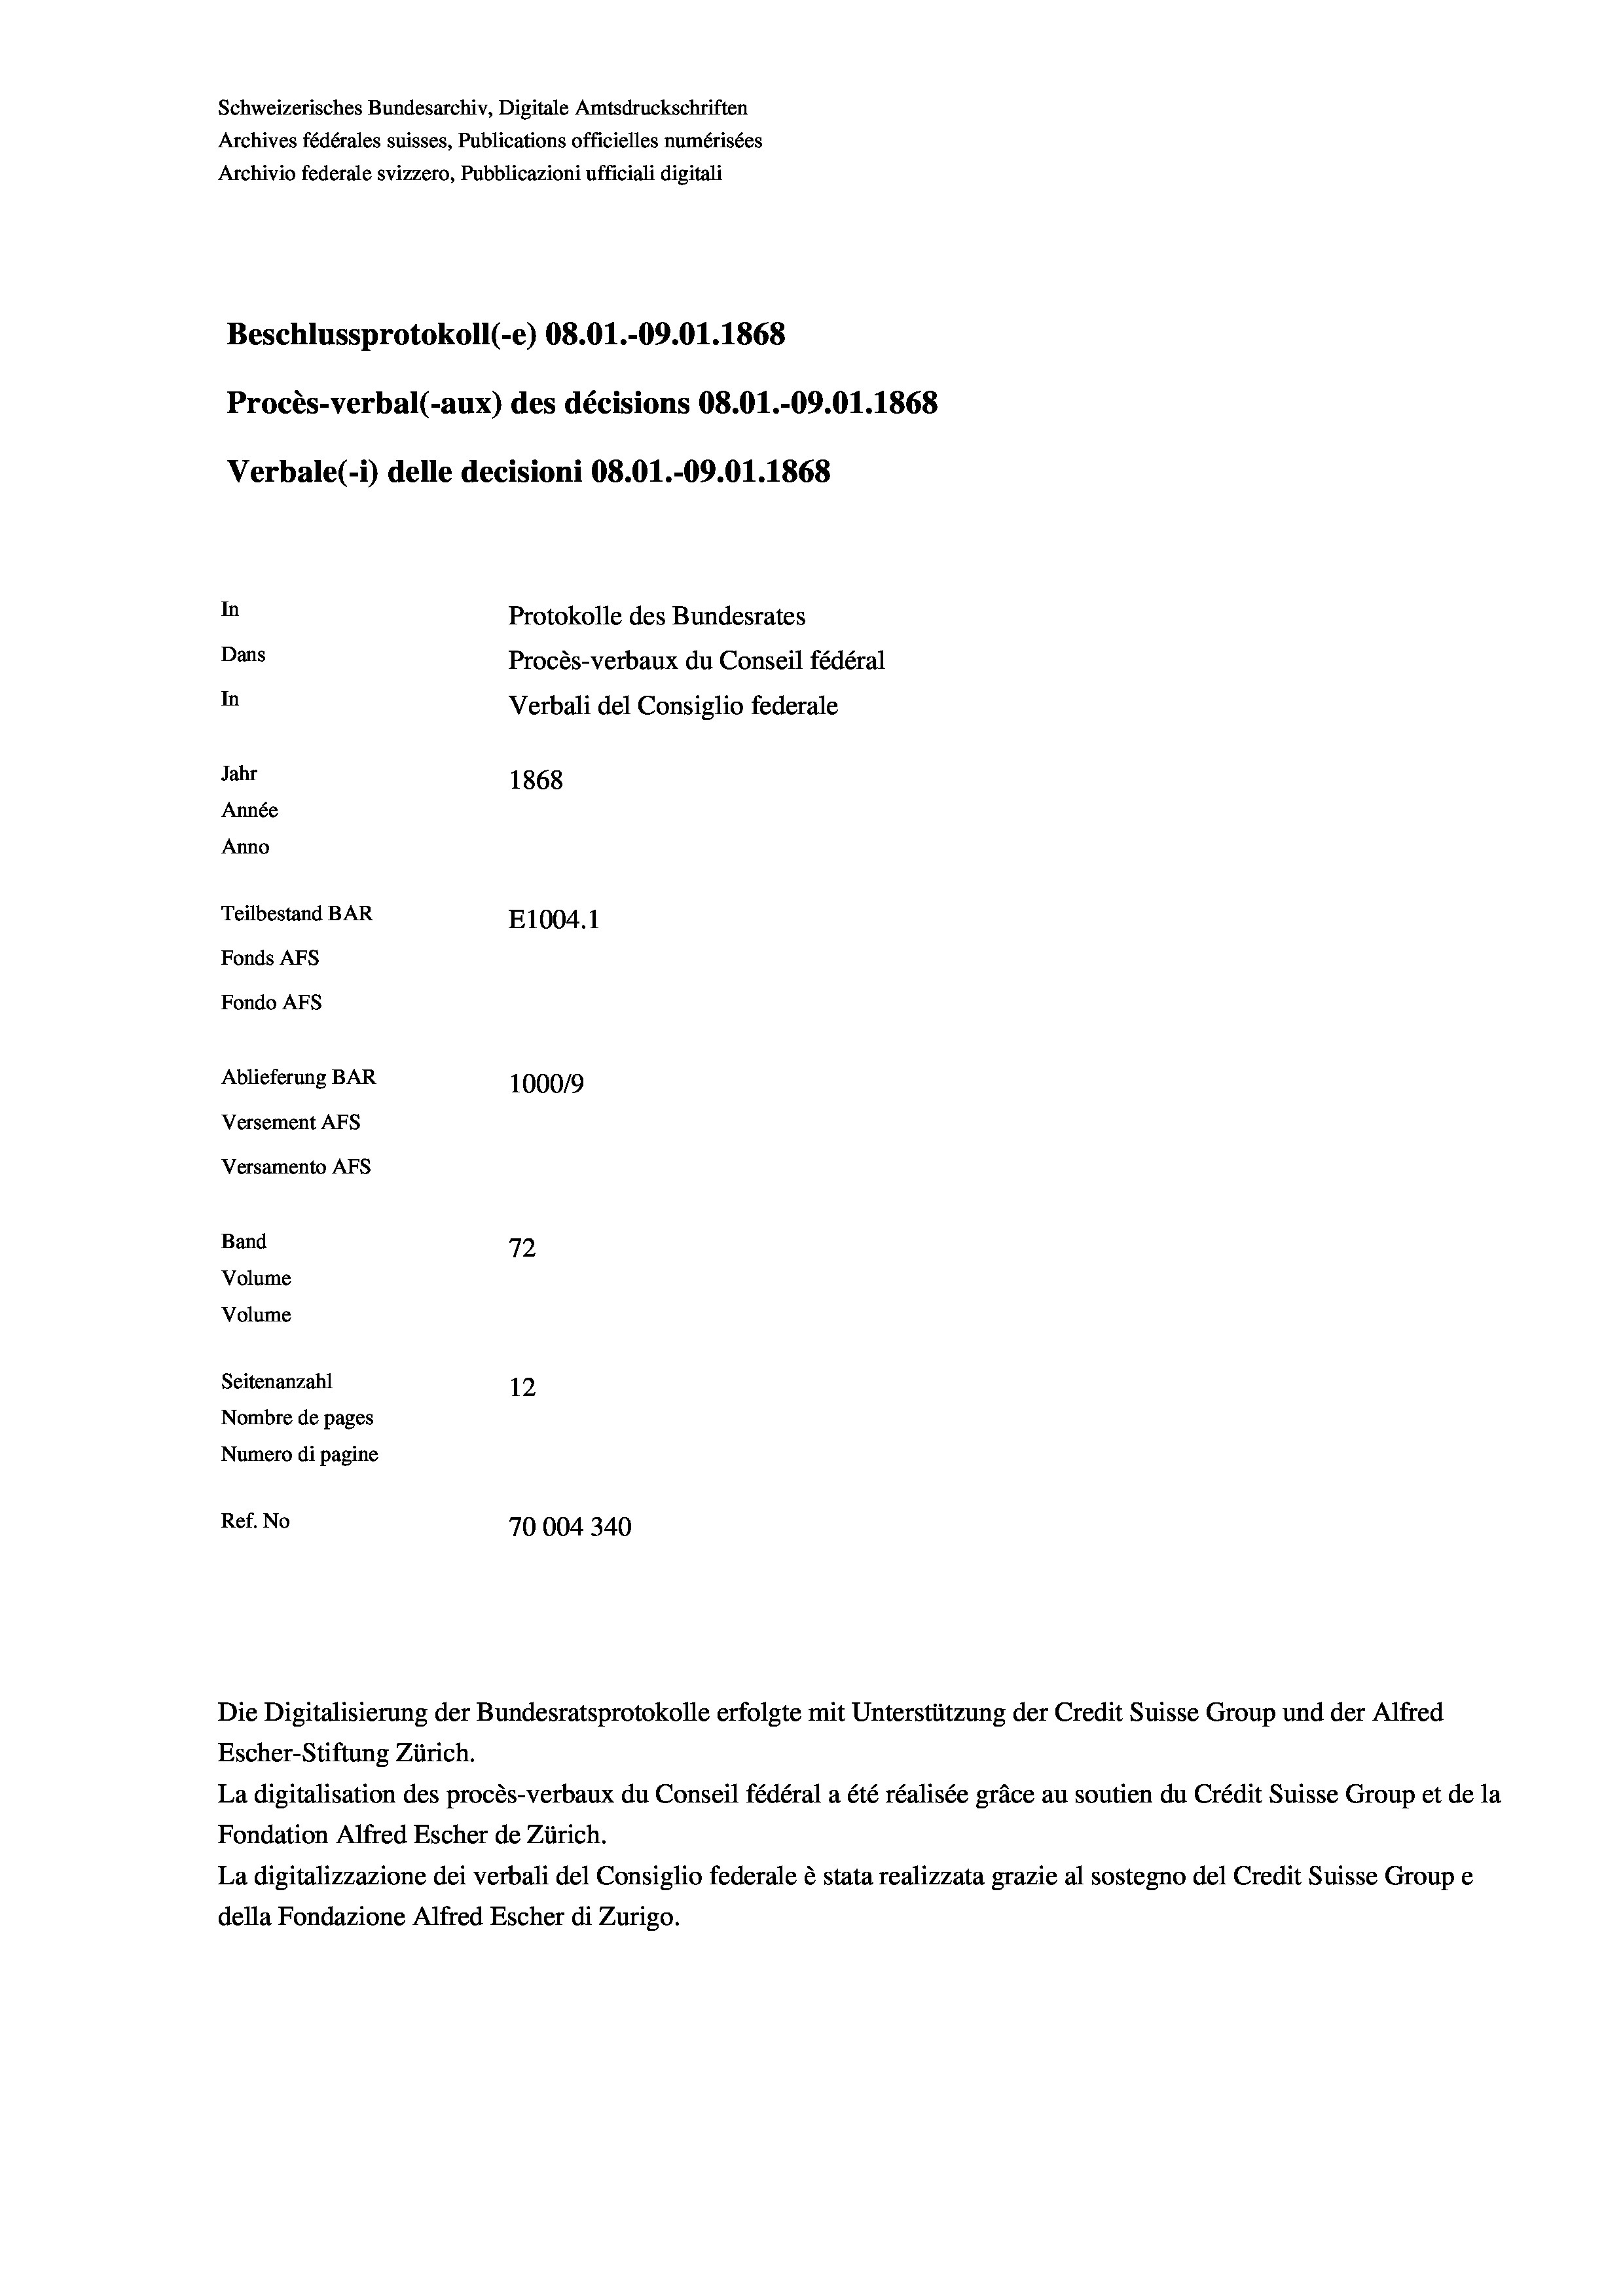
Schweizerisches Bundesarchiv, Digitale Amtsdruckschriften
Archives fédérales suisses, Publications officielles numérisées
Archivio federale svizzero, Pubblicazioni ufficiali digitali
Beschlussprotokoll (-e) 08.01.-09.01.1868
Procès-verbal (-aux) des décisions 08.01.-09.01. 1868
Verbale(-*) delle decisioni 08.01.-09.01. 1868
In
Protokolle des Bundesrates
Dans
Procès-verbaux du Conseil fédéral
In
Verbali del Consiglio federale
Jahr
1868
Année
Anno
Teilbestand BAR
E1004. 1
Fonds AFs
Fondo Afs
Ablieferung BAR
100019
Versement AFs
Versamento AFs
Band
72
Volume
Volume
Seitenanzahl
12
Nombre de pages
Numero di pagine
Ref. No
70004340

La digitalisation des procès-verbaux du Conseil fédéral a été réalisée gräce au soutien du Crédit Suisse Group et de la
Fondation Alfred Escher de Zürich.
La digitalizzazione dei verbali del Consiglio federale è stata realizzata grazie al sostegno del Credit Suis,
della Fondazione Alfred Escher di Zurigo.

Die Digitalisierung der Bundesratsprotokolle erfolgte mit Unterstützung der Credit Suisse Group und der Alfred
Escher-Stiftung Zürich.

se Groupe